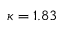
\kappa = 1 . 8 3